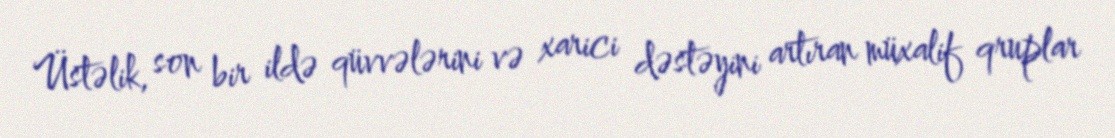
Üstəlik, son bir ildə qüvvələrini və xarici dəstəyini artıran müxalif qruplar